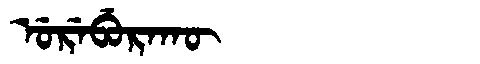
Manchu: ᡠᡵᡝᠪᡠᡵᠠᡴᡡ
Romanization: UREBURAKŪ